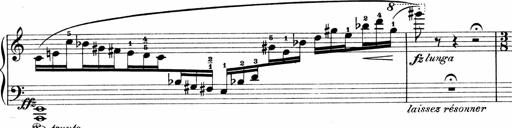
Title: Sonatina No.1
Composer: Otto Stoll
Key: C major